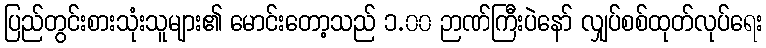
ပြည်တွင်းစားသုံးသူများ၏ မောင်းတော့သည် ၁.၀၀ ဉာဏ်ကြီးပဲနော် လျှပ်စစ်ထုတ်လုပ်ရေး